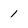
Character: 1